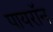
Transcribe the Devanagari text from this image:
पायराॅन